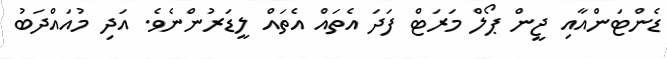
ޑެންޓަންއާއި ޖީން ޕޯލް މަރަޓް ފަދަ އެތައް އެތައް ލީޑަރުންނެވެ. އަދި މުއައްދަބު